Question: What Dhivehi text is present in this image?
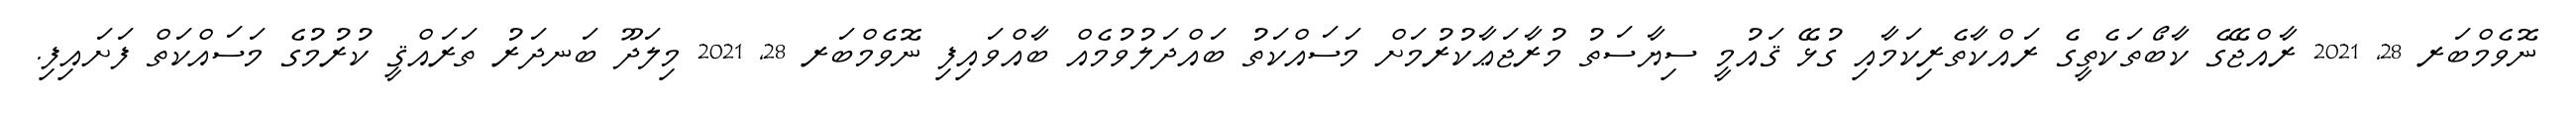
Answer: ނޮވެމްބަރ 28, 2021 ރާއްޖޭގެ ކާބޯތަކެތީގެ ރައްކާތެރިކަމާއި ގުޅޭ ޤައުމީ ސިޔާސަތު މުރާޖަޢާކުރުމަށް މަސައްކަތު ބައްދަލުވުމެއް ބާއްވައިފި ނޮވެމްބަރ 28, 2021 މިލަދޫ ބަނދަރު ތަރައްޤީ ކުރުމުގެ މަސައްކަތް ފަށައިފި.